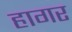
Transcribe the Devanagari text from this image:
हागर